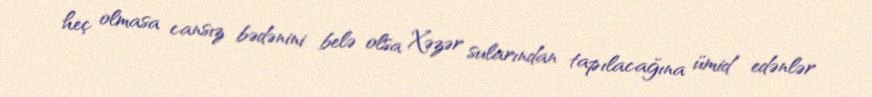
heç olmasa cansız bədənini belə olsa Xəzər sularından tapılacağına ümid edənlər